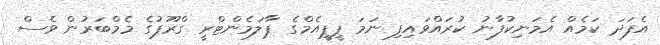
އެފަދަ ކަމެއް އެމަނިކުފާނު ކުރައްވައިފި ނަމަ ޕީޕީއެމްގެ ޕާލަމެންޓްރީ ގްރޫޕުގެ މެމްބަރުން ވެސް